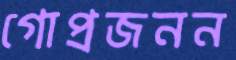
গোপ্রজনন